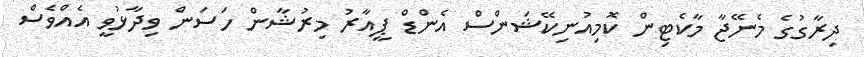
ދިރާގުގެ މެނޭޖާ މާކެޓިން ކޮމިއުނިކޭޝަންސް އެންޑް ޕީއާރު މިރުޝާން ހަސަން ވިދާޅުވީ އެއްވެސް